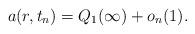
LaTeX: \begin{align*}a(r,t_n)=Q_1(\infty)+o_n(1).\end{align*}